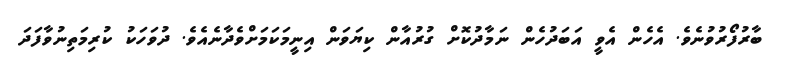
ބާރުފޯރުވުނެވެ. އެހެން އެވީ އަބަދުހެން ނަމާދުކޮށް ގުރުއާން ކިޔަވަން އިނީމަކަމަށްވެދާނެއެވެ. ދުވަހަކު ކުރިމަތިނުވާފަދަ